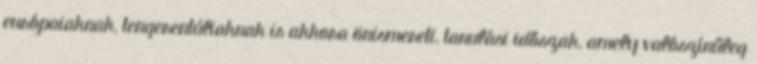
európaiaknak, tengerentúliaknak is akkora önismereti, tanulási időszak, amely valószínűleg